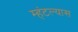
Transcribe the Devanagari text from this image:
म्हंटल्यास